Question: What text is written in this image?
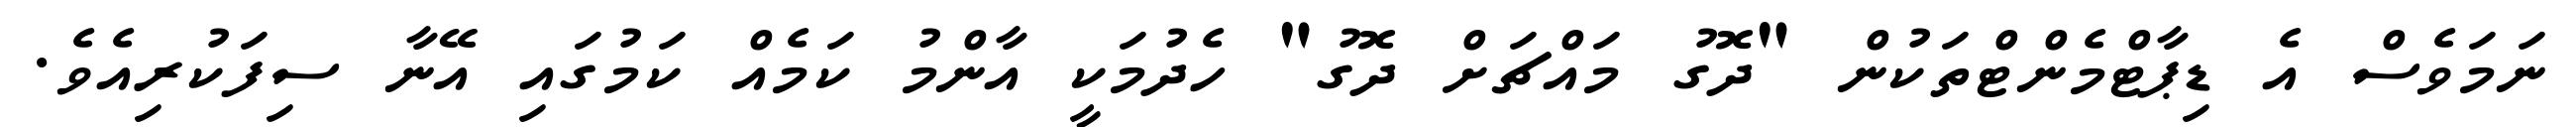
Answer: ނަމަވެސް އެ ޑިޕާޓްމެންޓްތަކުން "ދޮގު މައްޗަށް ދޮގު" ހެދުމަކީ އާންމު ކަމެއް ކަމުގައި އޭނާ ސިފަކުރިއެވެ.